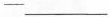
—___